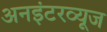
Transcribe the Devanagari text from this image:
अनइंटरव्यूज